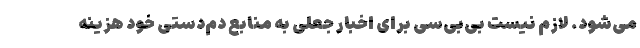
‌می‌شود. لازم نیست بی‌بی‌سی برای اخبار جعلی به منابع دم‌دستی خود هزینه